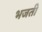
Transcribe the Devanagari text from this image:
भजती